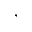
,